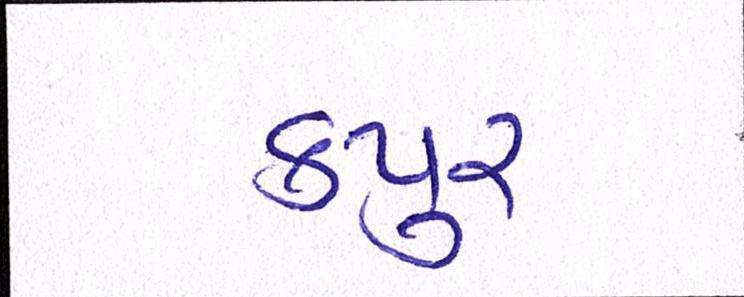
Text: કપુર